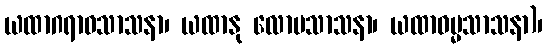
ယထာဂရာဓသာသနာ၊ ယထာနု လောမသာသနာ၊ ယထာဓမ္မသာသနာ)၊